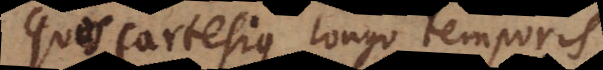
quos Cartesius longo temporis